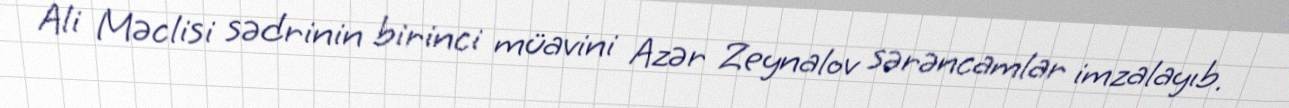
Ali Məclisi sədrinin birinci müavini Azər Zeynalov sərəncamlar imzalayıb.